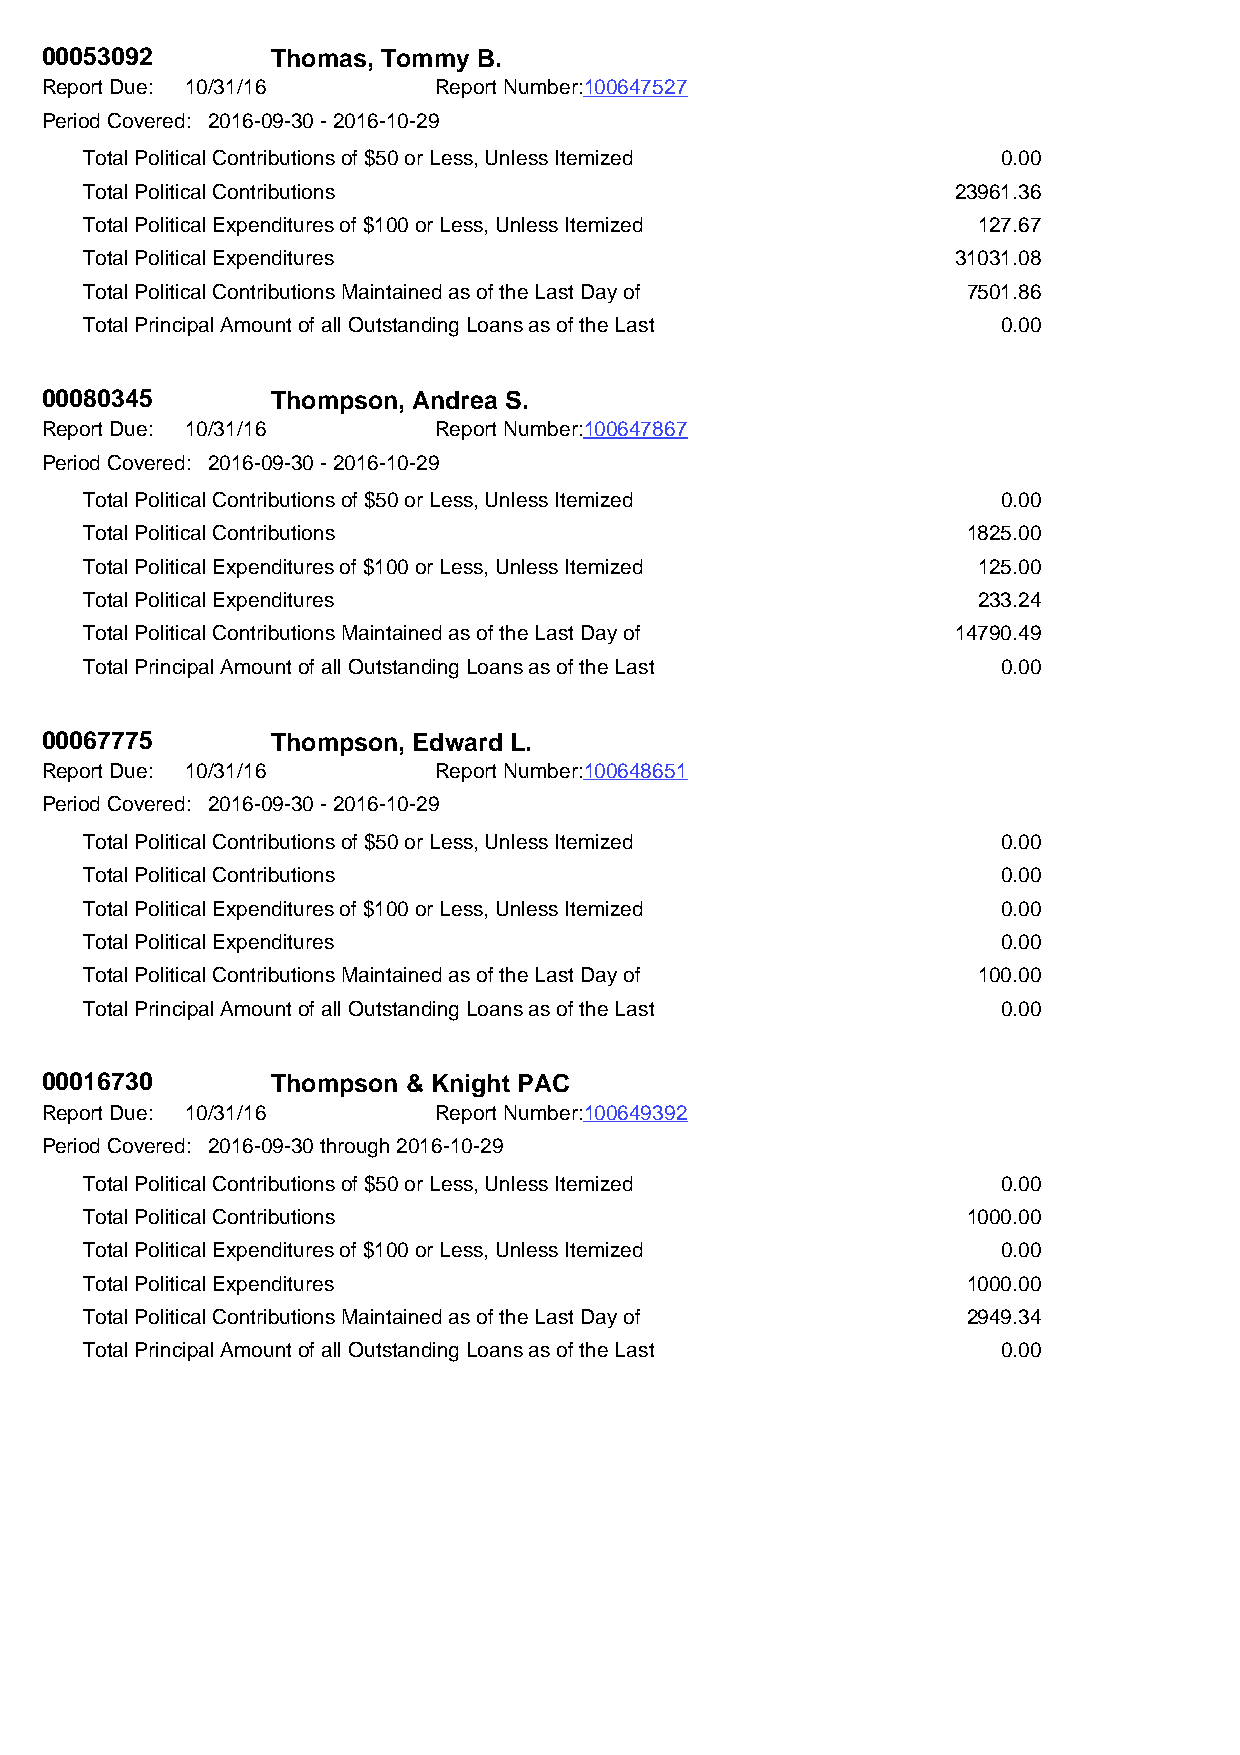
00053092       Thomas, Tommy B.
 Report Due: 10/31/16      Report Number:100647527
 Period Covered: 2016-09-30 - 2016-10-29
 Total Political Contributions of $50 or Less, Unless Itemized 0.00
 Total Political Contributions                            23961.36
 Total Political Expenditures of $100 or Less, Unless Itemized 127.67
 Total Political Expenditures                             31031.08
 Total Political Contributions Maintained as of the Last Day of 7501.86
 Total Principal Amount of all Outstanding Loans as of the Last 0.00
 00080345       Thompson, Andrea S.
 Report Due: 10/31/16      Report Number:100647867
 Period Covered: 2016-09-30 - 2016-10-29
 Total Political Contributions of $50 or Less, Unless Itemized 0.00
 Total Political Contributions                             1825.00
 Total Political Expenditures of $100 or Less, Unless Itemized 125.00
 Total Political Expenditures                               233.24
 Total Political Contributions Maintained as of the Last Day of 14790.49
 Total Principal Amount of all Outstanding Loans as of the Last 0.00
 00067775       Thompson, Edward L.
 Report Due: 10/31/16      Report Number:100648651
 Period Covered: 2016-09-30 - 2016-10-29
 Total Political Contributions of $50 or Less, Unless Itemized 0.00
 Total Political Contributions                               0.00
 Total Political Expenditures of $100 or Less, Unless Itemized 0.00
 Total Political Expenditures                                0.00
 Total Political Contributions Maintained as of the Last Day of 100.00
 Total Principal Amount of all Outstanding Loans as of the Last 0.00
 00016730       Thompson & Knight PAC
 Report Due: 10/31/16      Report Number:100649392
 Period Covered: 2016-09-30 through 2016-10-29
 Total Political Contributions of $50 or Less, Unless Itemized 0.00
 Total Political Contributions                             1000.00
 Total Political Expenditures of $100 or Less, Unless Itemized 0.00
 Total Political Expenditures                              1000.00
 Total Political Contributions Maintained as of the Last Day of 2949.34
 Total Principal Amount of all Outstanding Loans as of the Last 0.00